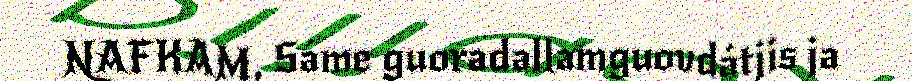
NAFKAM, Sáme guoradallamguovdátjis ja